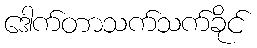
ဒေါက်တာသက်သက်ခိုင်